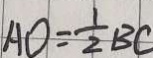
A O = \frac { 1 } { 2 } B C